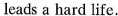
leadsa hard life.